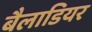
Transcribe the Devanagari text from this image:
बैलाडियर